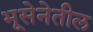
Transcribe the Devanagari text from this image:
भूसेनेतील